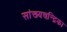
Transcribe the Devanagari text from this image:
सांख्‍यचन्द्रिका